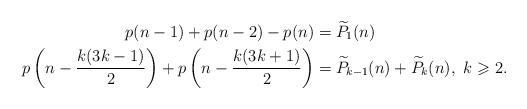
LaTeX: \begin{align*} p(n-1)+p(n-2)-p(n)&=\widetilde P_1(n) \\ p\left(n-\frac{k(3k-1)}{2}\right)+p\left(n-\frac{k(3k+1)}{2}\right)& = \widetilde P_{k-1}(n)+\widetilde P_k(n), \ k\geqslant 2.\end{align*}